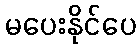
မပေးနိုင်ပေ